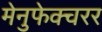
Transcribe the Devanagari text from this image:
मेनुफेक्चरर